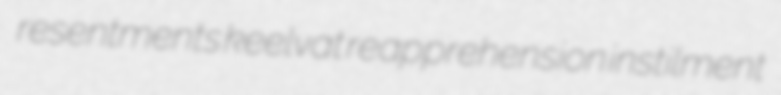
resentments keelvat reapprehension instilment